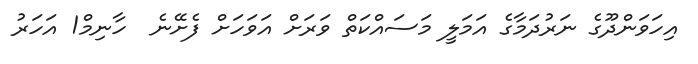
އިހަވަންދޫގެ ނަރުދަމާގެ އަމަލީ މަސައްކަތް ވަރަށް އަވަހަށް ފެށޭނެ  ހާނިމް1 އަހަރު